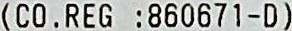
(CO. REG :860671-D)